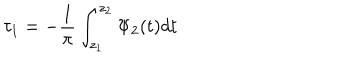
\tau _ { 1 } = - \frac { 1 } { \pi } \int _ { z _ { 1 } } ^ { z _ { 2 } } \Psi _ { 2 } ( t ) d t